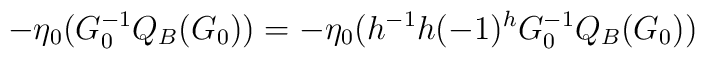
-\eta_0(G_0^{-1}Q_B(G_0))=-\eta_0(h^{-1}h(-1)^{h} G_0^{-1}Q_B(G_0))